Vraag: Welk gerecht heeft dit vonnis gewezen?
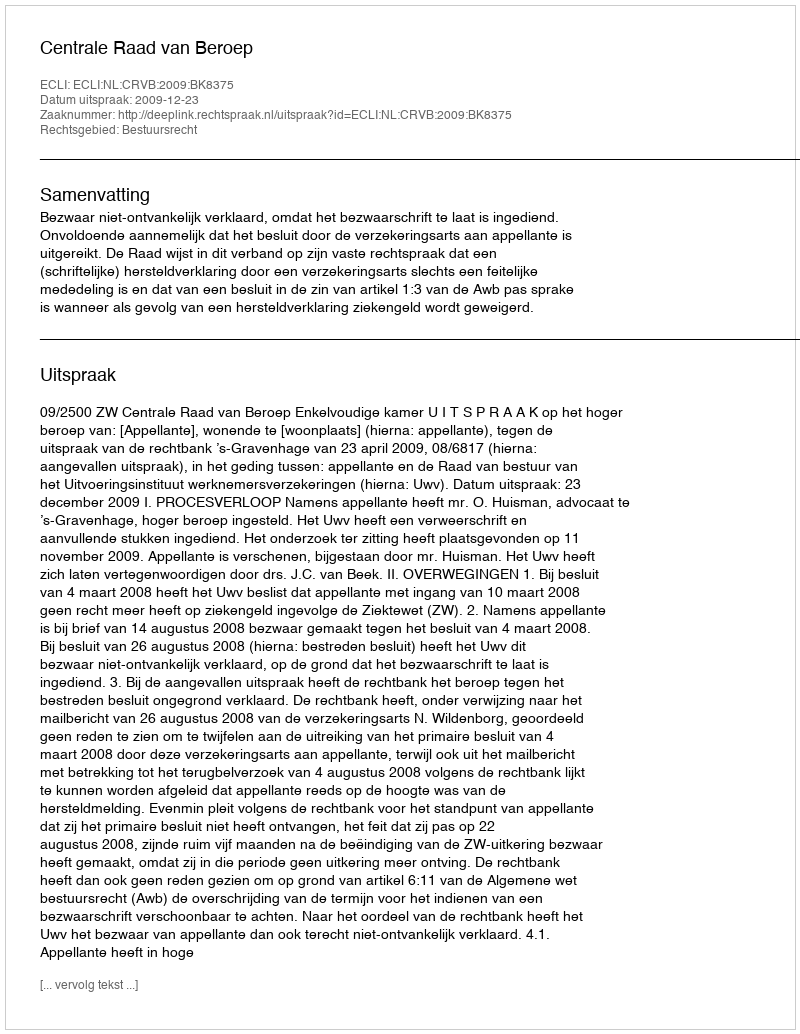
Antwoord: Centrale Raad van Beroep